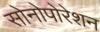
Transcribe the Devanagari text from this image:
सोनोपोरेशन